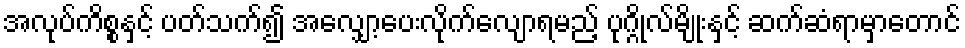
အလုပ်ကိစ္စနှင့် ပတ်သက်၍ အလျှော့ပေးလိုက်လျောရမည့် ပုဂ္ဂိုလ်မျိုးနှင့် ဆက်ဆံရာမှာတောင်